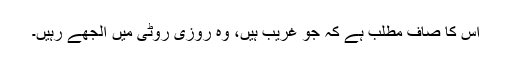
اس کا صاف مطلب ہے کہ جو غریب ہیں، وہ روزی روٹی میں الجھے رہیں۔